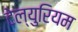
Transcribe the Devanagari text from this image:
टेल्युरियम